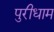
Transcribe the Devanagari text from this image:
पुरीधाम